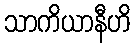
သာကိယာနီဟိ